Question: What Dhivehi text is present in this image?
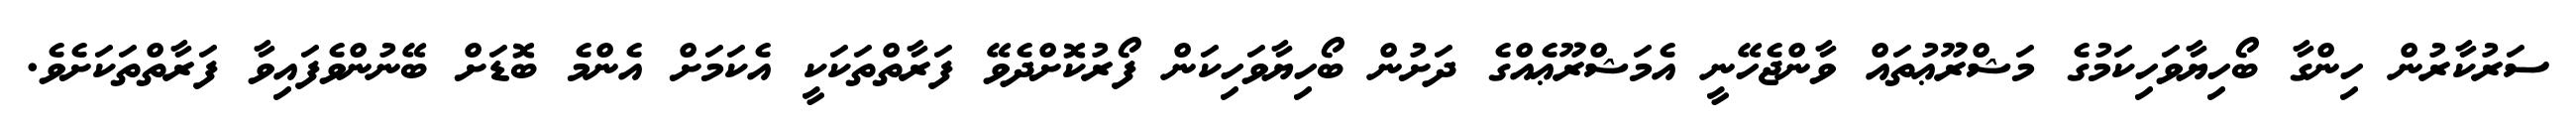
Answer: ސަރުކާރުން ހިންގާ ބޯހިޔާވަހިކަމުގެ މަޝްރޫޢުތައް ވާންޖެހޭނީ އެމަޝްރޫޢެއްގެ ދަށުން ބޯހިޔާވަހިކަން ފޯރުކޮށްދެވޭ ފަރާތްތަކަކީ އެކަމަށް އެންމެ ބޮޑަށް ބޭނުންވެފައިވާ ފަރާތްތަކަށެވެ.